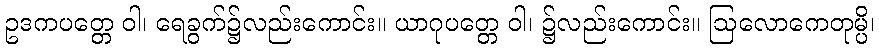
ဥဒကပတ္တေ ဝါ၊ ရေခွက်၌လည်းကောင်း။ ယာဂုပတ္တေ ဝါ၊ ၌လည်းကောင်း။ ဩလောကေတုမ္ပိ၊